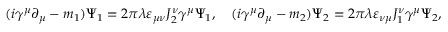
( i \gamma ^ { \mu } \partial _ { \mu } - m _ { 1 } ) \Psi _ { 1 } = 2 \pi \lambda \varepsilon _ { \mu \nu } J _ { 2 } ^ { \nu } \gamma ^ { \mu } \Psi _ { 1 } , \quad ( i \gamma ^ { \mu } \partial _ { \mu } - m _ { 2 } ) \Psi _ { 2 } = 2 \pi \lambda \varepsilon _ { \nu \mu } J _ { 1 } ^ { \nu } \gamma ^ { \mu } \Psi _ { 2 } ,